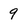
Character: 9